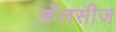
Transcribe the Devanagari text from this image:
फॅलसीज